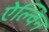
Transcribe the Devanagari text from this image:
ऐल्विन